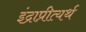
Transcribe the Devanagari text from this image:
इंद्राप्रीत्यर्थ